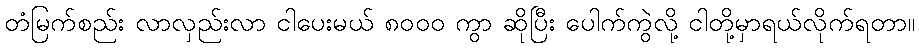
တံမြက်စည်း လာလှည်းလာ ငါပေးမယ် ၈၀၀၀ ကွာ ဆိုပြီး ပေါက်ကွဲလို့ ငါတို့မှာရယ်လိုက်ရတာ။